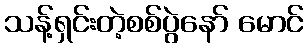
သန့်ရှင်းတဲ့စစ်ပွဲနော် မောင်